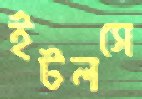
ইটলসে